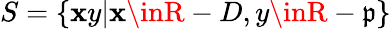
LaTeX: S=\{ \mathbf{x}y|\mathbf{x}\inR-D,y\inR-{\mathfrak{{p}}}\}